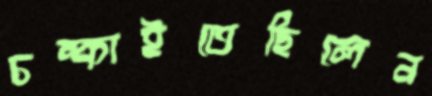
চম্‌কাইতেছিলেন